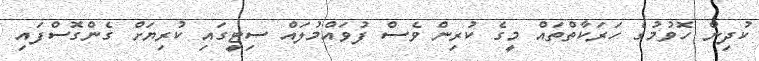
ކުދިން ހޮވުމުގެ ހަރަކާތްތައް މީގެ ކުރިން ވެސް ފުވައްމުލައް ސިޓީގައި ކުރިޔަށް ގެންގޮސްފައި